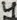
Text: 4